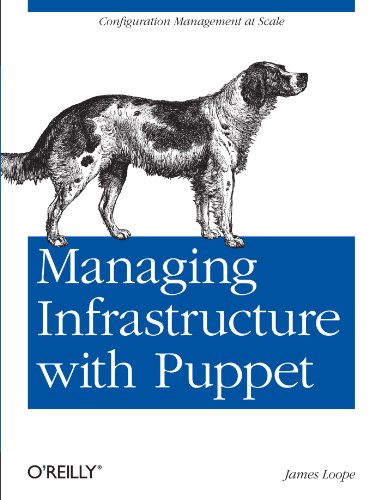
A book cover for Managing Infrastructure with Puppet; James Loope; Computers & Technology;